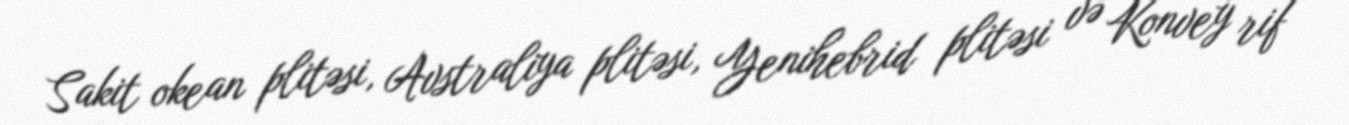
Sakit okean plitəsi, Avstraliya plitəsi, Yenihebrid plitəsi və Konvey rif